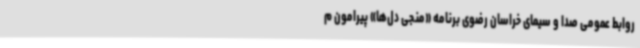
روابط عمومی صدا و سیمای خراسان رضوی برنامه «منجی دل‌ها» پیرامون م